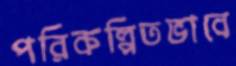
পরিকল্পিতভাবে